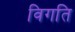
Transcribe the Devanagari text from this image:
विगति